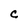
Character: C